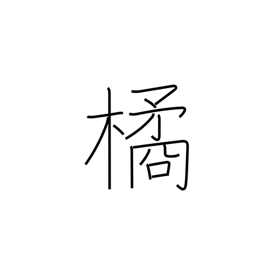
Meaning: mandarin orange